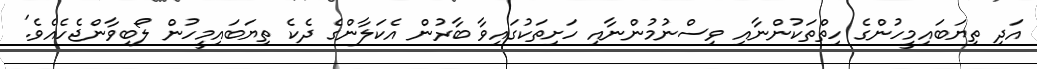
އަދި ތިޔަބައިމީހުންގެ ހިތްތަކުންނާއި ވިސްނުމުންނާއި ހަށިތަކުގައިވާ ބާރުން އެކަލާންގެ ދެކެ ތިޔަބައިމީހުން ލޯބިވާންޖެހެއެވެ.'